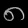
Digit: ၈